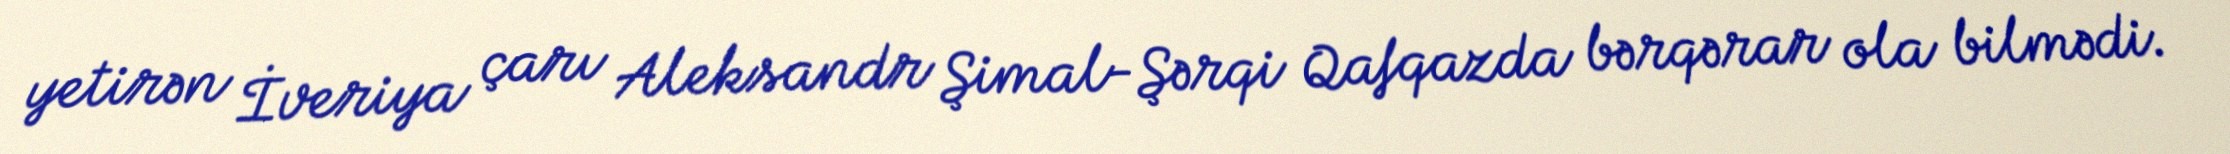
yetirən İveriya çarı Aleksandr Şimal-Şərqi Qafqazda bərqərar ola bilmədi.